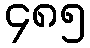
၄၈၅